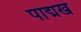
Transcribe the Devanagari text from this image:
पाद्मख